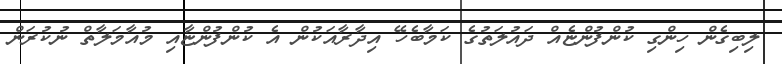
ލިބިގެން ހިންގި ކުންފުންޏެއް ދައުލަތުގެ ކަމާބެހޭ އިދާރާއަކުން އެ ކުންފުންޏާއި މުއާމަލާތް ނުކުރަން